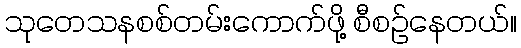
သုတေသနစစ်တမ်းကောက်ဖို့ စီစဉ်နေတယ်။